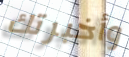
وأخبرتك